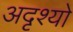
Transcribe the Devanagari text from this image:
अदृश्यो